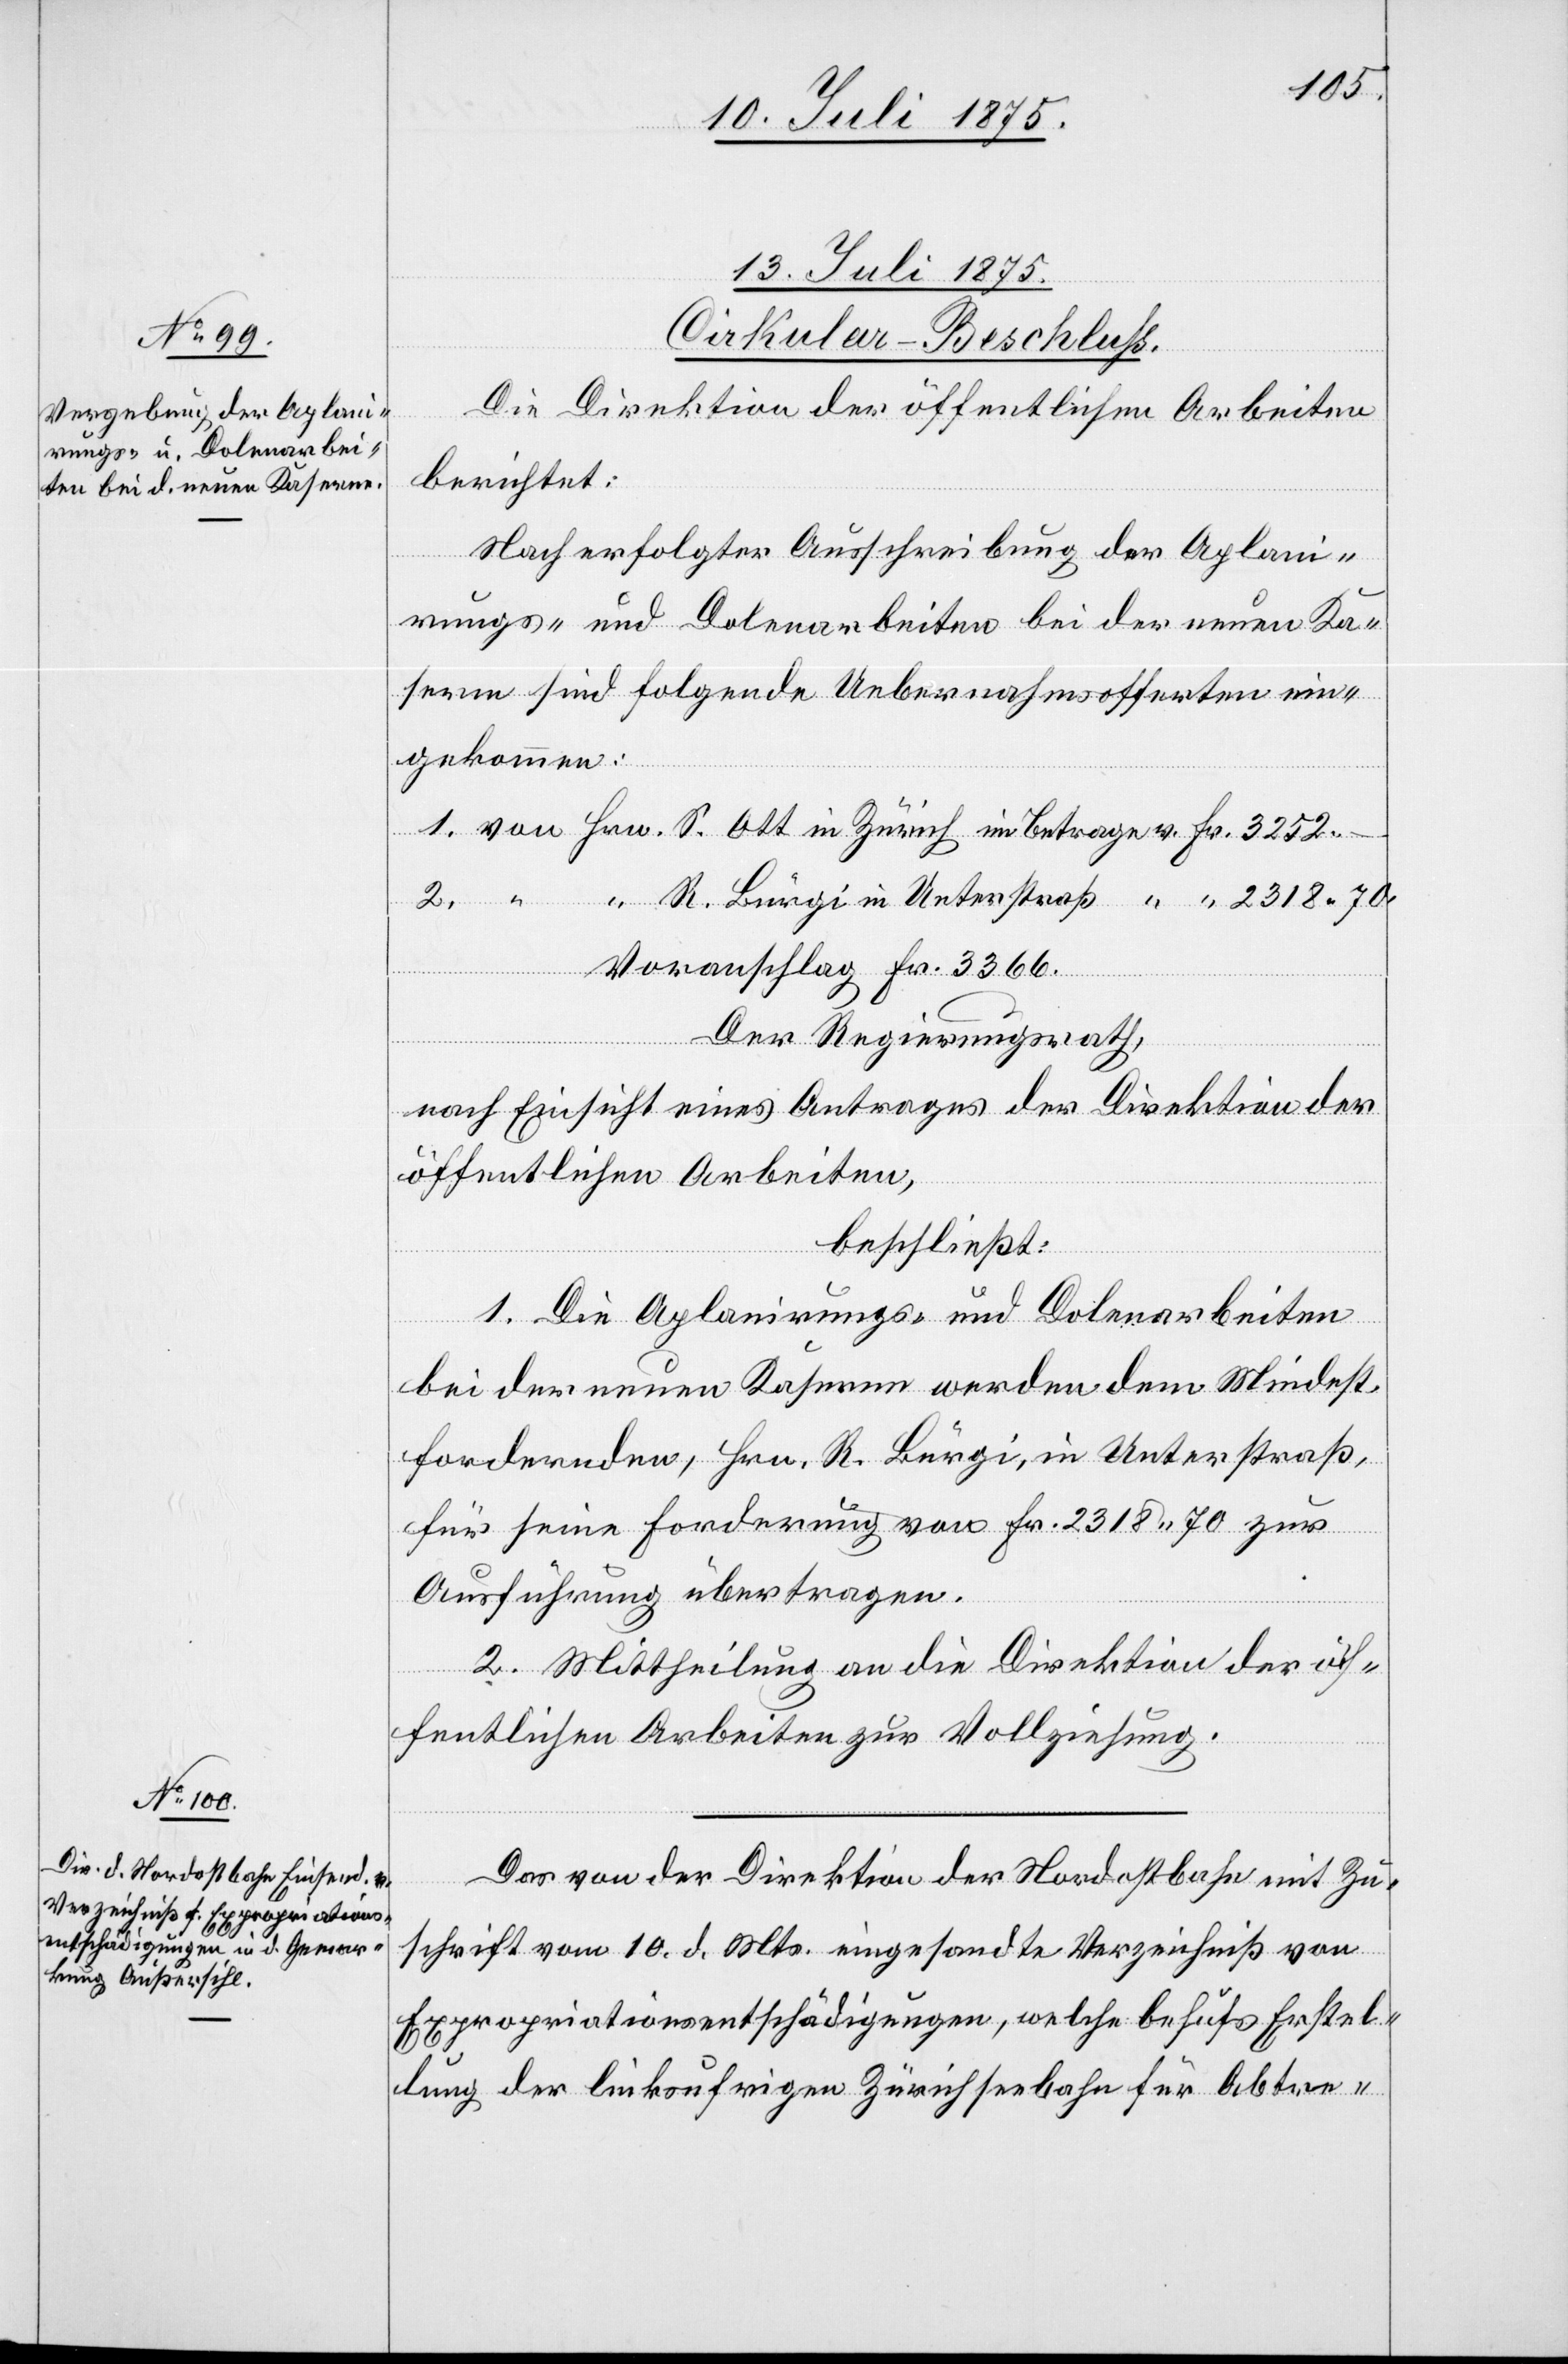
70.
13. Juli 1875.]
Cirkular-Beschluss.
Die Direktion der öffentlichen Arbeiten
berichtet:
Nach erfolgter Ausschreibung bei der
serne sind folgende Uebernahmsofferten ein¬
gekommen:
Voranschlag Fr. 3366.
Der Regierungsrath,
nach Einsicht eines Antrages der Direktion der
öffentlichen Arbeiten,
beschließt:
1. Die Aplanirungs. und Dolenarbeiten
bei der neuen Kaserne werden dem Mindest¬
fordernden, Hrn. R. Bürgi, in Unterstraß,
für seine Forderung von Fr. 2318 70 zur
Ausführung übertragen.
2. Mittheilung an die Direktion der öf¬
fentlichen Arbeiten zur Vollziehung.
im
Das von der Direktion der Nordostbahn mit Zu¬
schrift vom 10. d. Mts. eingesandte Verzeichniß von
Expropriationsentschädigungen, welche behufs Erstel¬
lung der linksufrigen Zürichseebahn für Abtre-